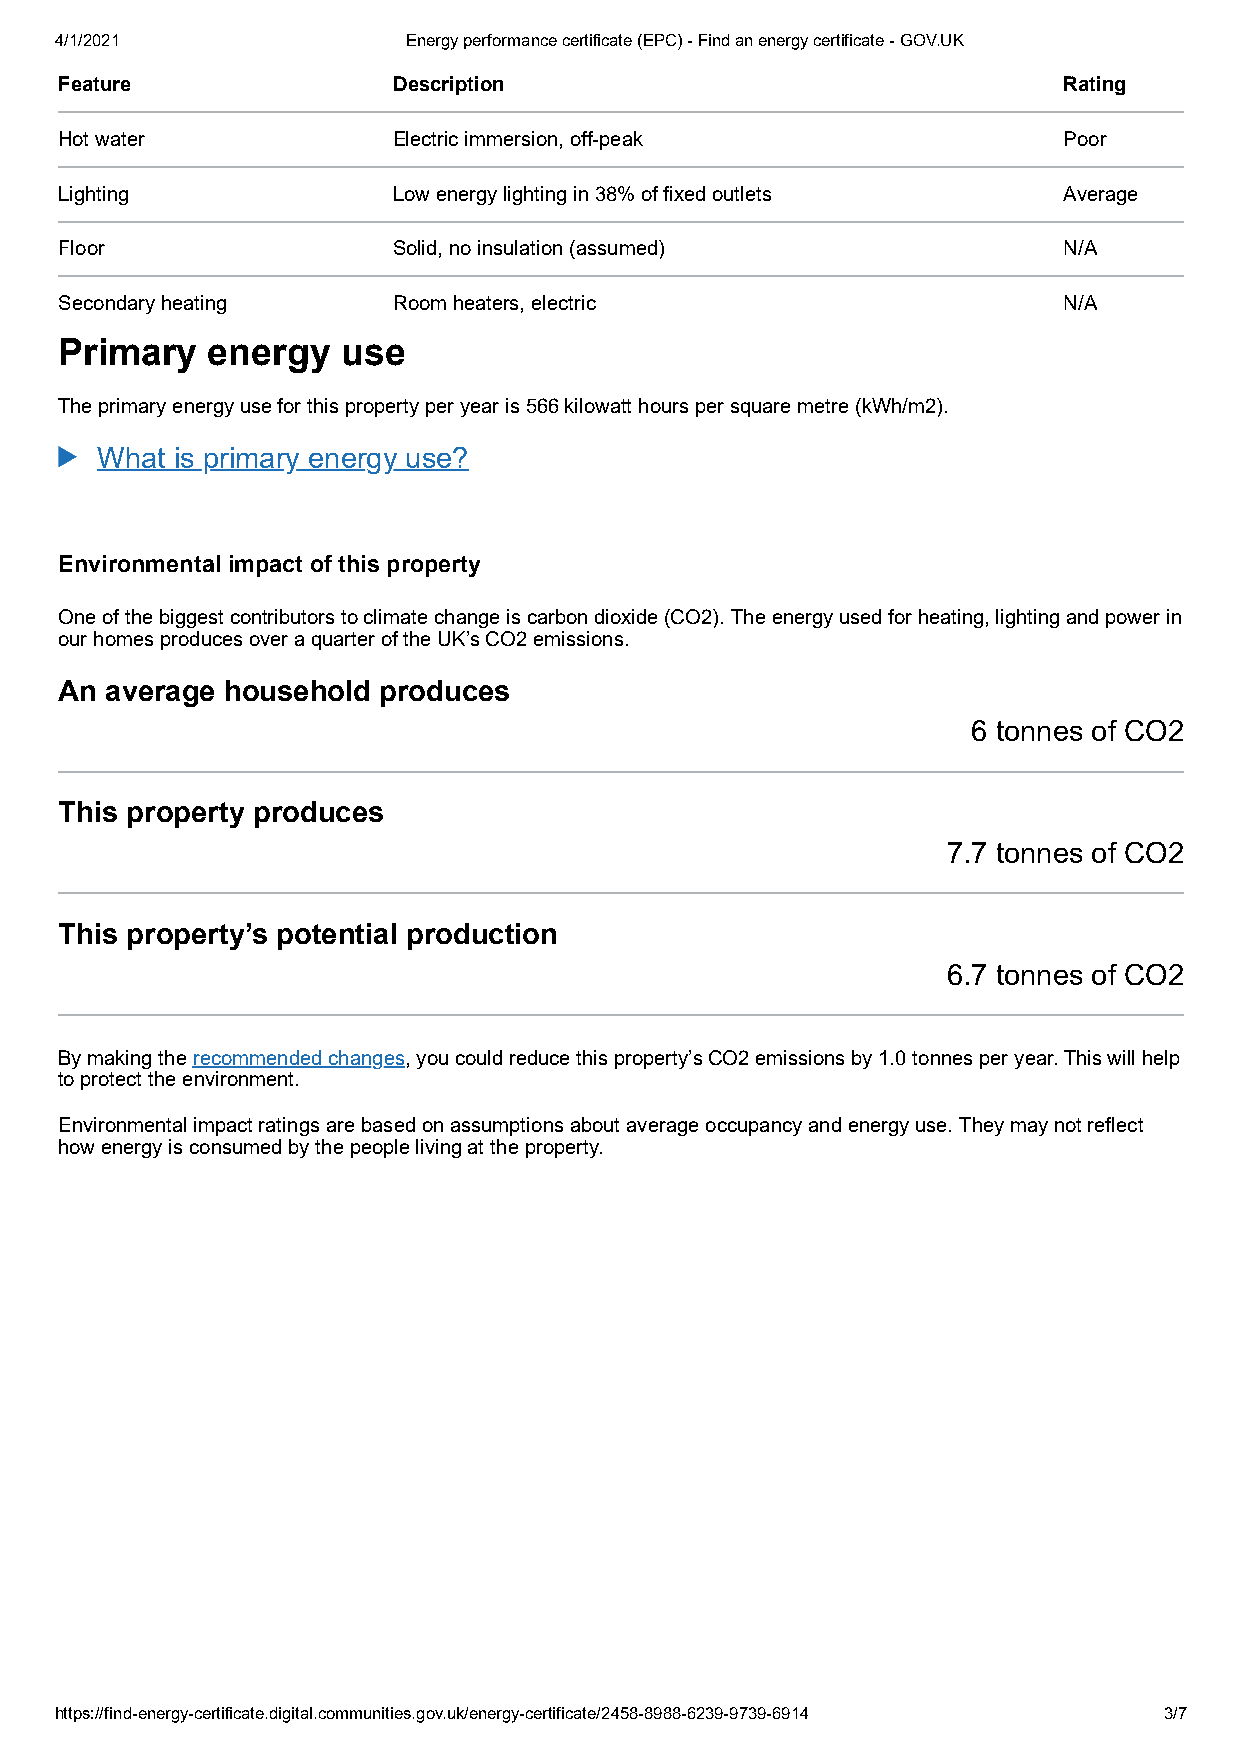
4/1/2021               Energy performance certificate (EPC) - Find an energy certificate - GOV.UK
 Feature               Description                                 Rating
 Hot water             Electric immersion, off-peak                Poor
 Lighting              Low energy lighting in 38% of fixed outlets Average
 Floor                 Solid, no insulation (assumed)              N/A
 Secondary heating     Room heaters, electric                      N/A
 Primary   energy   use
 The primary energy use for this property per year is 566 kilowatt hours per square metre (kWh/m2).
 What is primary energy use?
 Environmental impact of this property
 One of the biggest contributors to climate change is carbon dioxide (CO2). The energy used for heating, lighting and power in
 our homes produces over a quarter of the UK’s CO2 emissions.
 An average household produces
 6 tonnes of CO2
 This property produces
 7.7 tonnes of CO2
 This property’s potential production
 6.7 tonnes of CO2
 By making the recommended changes, you could reduce this property’s CO2 emissions by 1.0 tonnes per year. This will help
 to protect the environment.
 Environmental impact ratings are based on assumptions about average occupancy and energy use. They may not reflect
 how energy is consumed by the people living at the property.
 https://find-energy-certificate.digital.communities.gov.uk/energy-certificate/2458-8988-6239-9739-6914 3/7